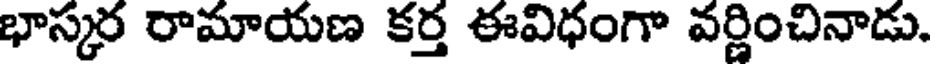
భాస్కర రామాయణ కర్త ఈవిధంగా వర్ణించినాడు.